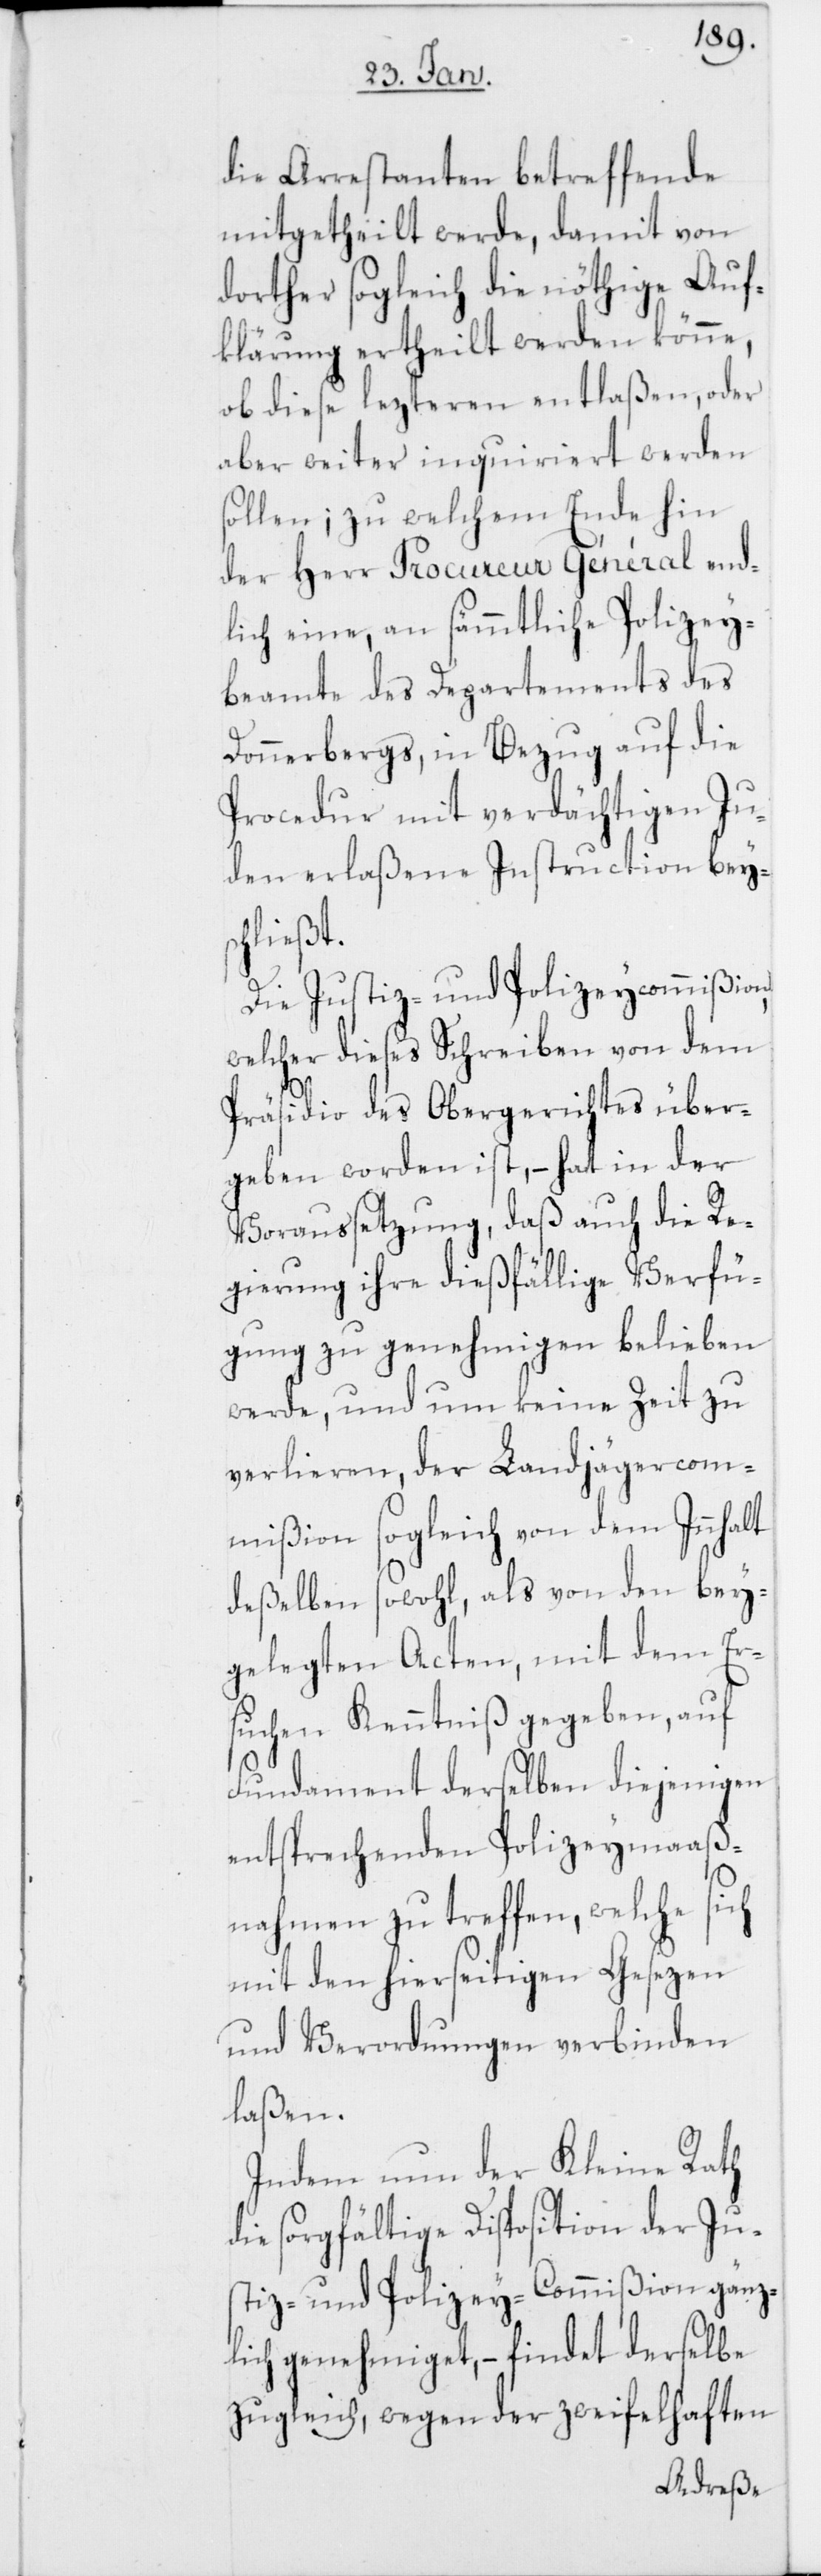
die Arrestanten betreffende
mitgetheilt werde, damit von
dorther sogleich die nöthige Auf¬
klärung ertheilt werden könne,
ob diese lezteren entlaßen, oder
aber weiter inquiriert werden
sollen; zu welchem Ende hin
der Herr Procureur Général end¬
lich eine, an sämmtliche Polizey¬
beamte des Departements des
Donnerbergs, in Bezug auf die
Procedur mit verdächtigen Ju¬
den erlaßene Instruction beys¬
chließt.
Die Justiz- und Polizeycommißion,
welcher dieses Schreiben von dem
Präsidio des Obergerichtes über¬
geben worden ist, – hat in der
Voraussetzung, daß auch die Re¬
gierung ihre dießfällige Verfü¬
gung zu genehmigen belieben
werde, und um keine Zeit zu
verlieren, der Landjägercom¬
mißion sogleich von dem Innhalt
deßelben sowohl, als von den bey¬
gelegten Acten, mit dem Er¬
suchen Kenntniß gegeben, auf
Fundament derselben diejenigen
entsprechenden Polizeymaaß¬
nahmen zu treffen, welche sich
mit den hierseitigen Gesezen
und Verordnungen verbinden
laßen.
Indem nun der Kleine Rath
die sorgfältige Disposition der Jus¬
tiz- und Polizey-Commißion gänz¬
lich genehmiget, – findet derselbe
zugleich, wegen der zweifelhaften